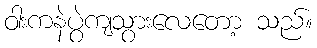
ဝါးကနဲပွဲကျသွားလေတော့ သည်။